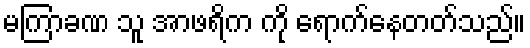
မကြာခဏ သူ အာဖရိက ကို ရောက်နေတတ်သည်။